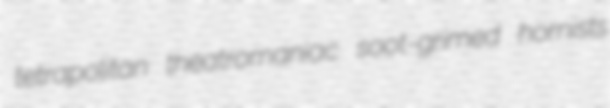
tetrapolitan theatromaniac soot-grimed hornists